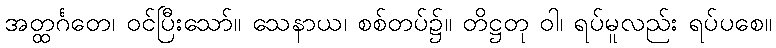
အတ္ထင်္ဂတေ၊ ဝင်ပြီးသော်။ သေနာယ၊ စစ်တပ်၌။ တိဋ္ဌတု ဝါ၊ ရပ်မူလည်း ရပ်ပစေ။